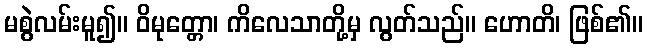
မစွဲလမ်းမူ၍။ ဝိမုတ္တော၊ ကိလေသာတို့မှ လွတ်သည်။ ဟောတိ၊ ဖြစ်၏။